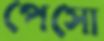
পেসো